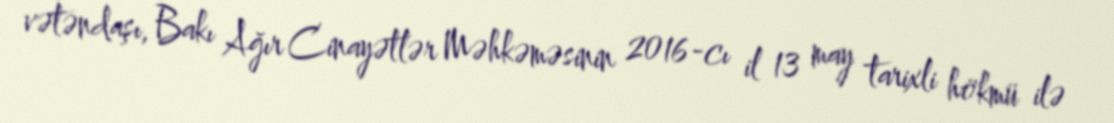
vətəndaşı, Bakı Ağır Cinayətlər Məhkəməsinin 2016-cı il 13 may tarixli hökmü ilə